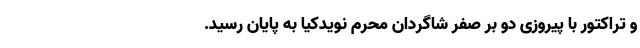
و تراکتور با پیروزی دو بر صفر شاگردان محرم نویدکیا به پایان رسید.